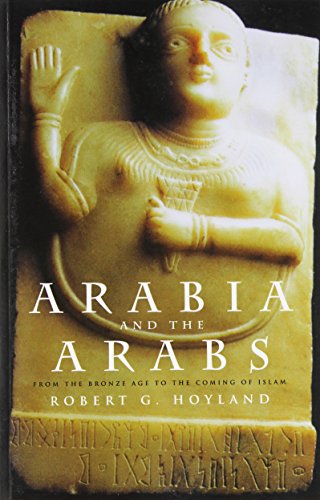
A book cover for Arabia and the Arabs: From the Bronze Age to the Coming of Islam (Peoples of the Ancient World); Robert G. Hoyland; History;